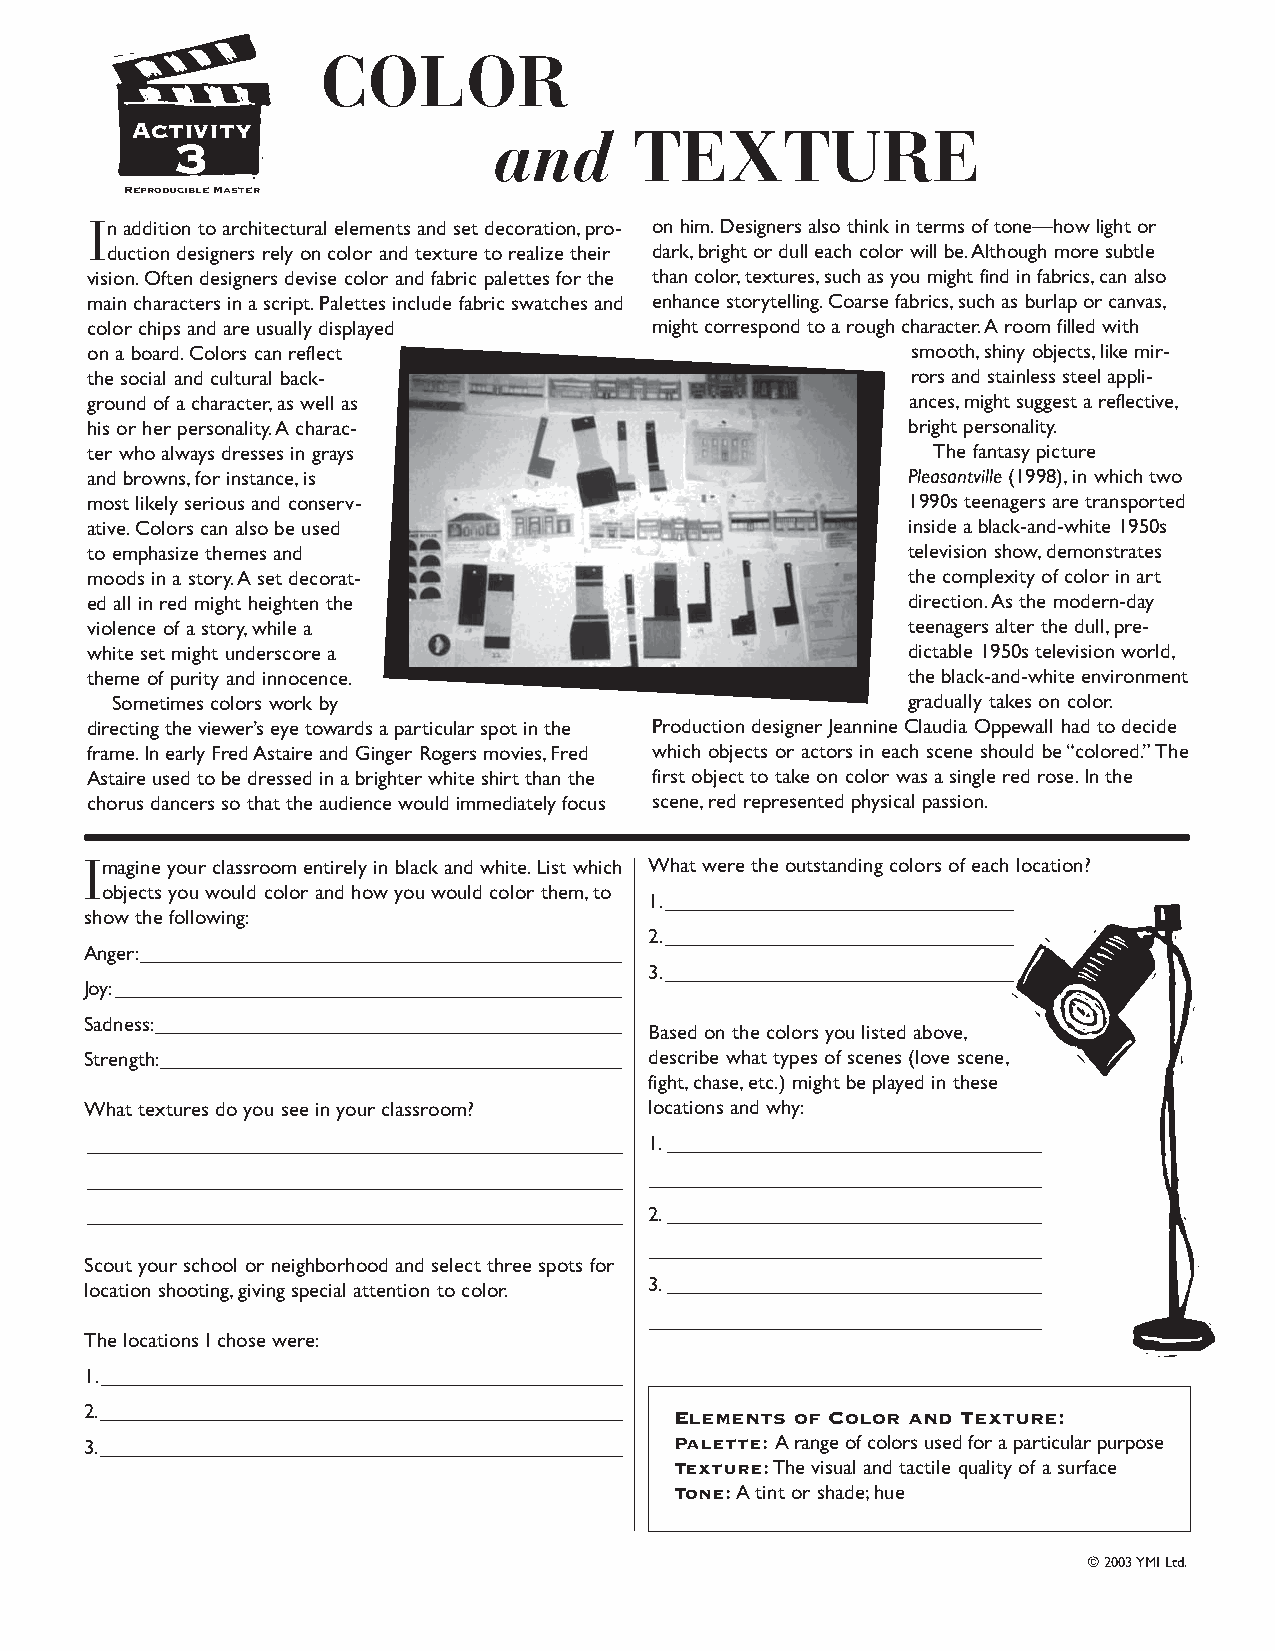
COLOR
 Activity
 3
 and      TEXTURE
 Reproducible Master
 In addition to architectural elements and set decoration,pro- on him.Designers also think in terms of tone—how light or
 duction designers rely on color and texture to realize their dark,bright or dull each color will be.Although more subtle
 vision.Often designers devise color and fabric palettes for the than color,textures,such as you might find in fabrics,can also
 main characters in a script.Palettes include fabric swatches and enhance storytelling.Coarse fabrics,such as burlap or canvas,
 color chips and are usually displayed might correspond to a rough character.A room filled with
 on a board.Colors can reflect                         smooth,shiny objects,like mir-
 the social and cultural back-                         rors and stainless steel appli-
 ground of a character,as well as                      ances,might suggest a reflective,
 his or her personality.A charac-                      bright personality.
 ter who always dresses in grays                         The fantasy picture
 and browns,for instance,is                            Pleasantville (1998),in which two
 most likely serious and conserv-                      1990s teenagers are transported
 ative.Colors can also be used                         inside a black-and-white 1950s
 to emphasize themes and                               television show,demonstrates
 moods in a story.A set decorat-                       the complexity of color in art
 ed all in red might heighten the                      direction.As the modern-day
 violence of a story,while a                           teenagers alter the dull,pre-
 white set might underscore a                          dictable 1950s television world,
 theme of purity and innocence.                        the black-and-white environment
 Sometimes colors work by                             gradually takes on color.
 directing the viewer’s eye towards a particular spot in the Production designer Jeannine Claudia Oppewall had to decide
 frame.In early Fred Astaire and Ginger Rogers movies,Fred which objects or actors in each scene should be “colored.” The
 Astaire used to be dressed in a brighter white shirt than the first object to take on color was a single red rose.In the
 chorus dancers so that the audience would immediately focus scene,red represented physical passion.
 Imagine your classroom entirely in black and white.List which What were the outstanding colors of each location?
 objects you would color and how you would color them,to
 1.__________________________________________________________________
 show the following:
 2.__________________________________________________________________
 Anger:__________________________________________________
 3.__________________________________________________________________
 Joy:____________________________________________________
 Sadness:________________________________________________
 Based on the colors you listed above,
 Strength:____________________________________________________ describe what types of scenes (love scene,
 fight,chase,etc.) might be played in these
 What textures do you see in your classroom? locations and why:
 ________________________________________________________________ 1.____________________________________________________________
 ________________________________________________________________ ______________________________________________________
 ________________________________________________________________ 2.____________________________________________________________
 ______________________________________________________
 Scout your school or neighborhood and select three spots for
 location shooting,giving special attention to color. 3.____________________________________________________________
 ______________________________________________________
 The locations I chose were:
 1.____________________________________________________________
 2.____________________________________________________________ Elements of Color and Texture:
 3.____________________________________________________________ Palette: A range of colors used for a particular purpose
 Texture:The visual and tactile quality of a surface
 Tone:A tint or shade;hue
 © 2003YMI Ltd.